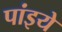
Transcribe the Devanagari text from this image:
पांइये